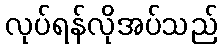
လုပ်ရန်လိုအပ်သည်